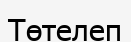
Төтелеп